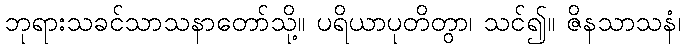
ဘုရားသခင်သာသနာတော်သို့။ ပရိယာပုတိတွာ၊ သင်၍။ ဇိနသာသနံ၊